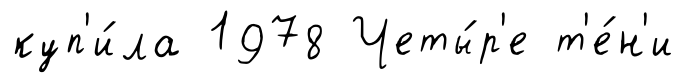
куп'и́ла 1978 Четы́р'е т'е́н'и